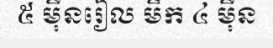
៥ ម៉ឺនរៀល មឹក ៤ ម៉ឺន